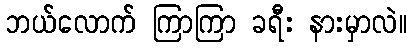
ဘယ်လောက် ကြာကြာ ခရီး နားမှာလဲ။